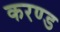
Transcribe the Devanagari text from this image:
करण्ड